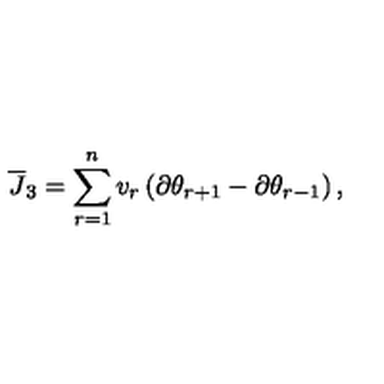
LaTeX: { \overline { J } } _ { 3 } = \sum _ { r = 1 } ^ { n } v _ { r } \left( \partial \theta _ { r + 1 } - \partial \theta _ { r - 1 } \right) ,